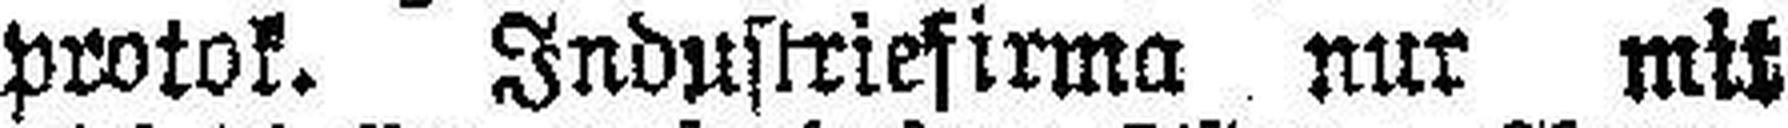
protok. Industriefirma nur mit